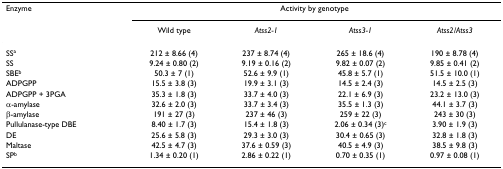
<table><thead><tr><td><b>Enzyme</b></td><td colspan="4"><b>Activity by genotype</b></td></tr><tr><td></td><td><b>Wild type</b></td><td><b><i>Atss2-1</i></b></td><td><b><i>Atss3-1</i></b></td><td><b><i>Atss2/Atss3</i></b></td></tr></thead><tbody><tr><td>SS<sup>a</sup></td><td>212 ± 8.66 (4)</td><td>237 ± 8.74 (4)</td><td>265 ± 18.6 (4)</td><td>190 ± 8.78 (4)</td></tr><tr><td>SS</td><td>9.24 ± 0.80 (2)</td><td>9.19 ± 0.16 (2)</td><td>9.82 ± 0.07 (2)</td><td>9.85 ± 0.41 (2)</td></tr><tr><td>SBE<sup>b</sup></td><td>50.3 ± 7 (1)</td><td>52.6 ± 9.9 (1)</td><td>45.8 ± 5.7 (1)</td><td>51.5 ± 10.0 (1)</td></tr><tr><td>ADPGPP</td><td>15.5 ± 3.8 (3)</td><td>19.9 ± 3.1 (3)</td><td>14.5 ± 2.4 (3)</td><td>14.5 ± 2.5 (3)</td></tr><tr><td>ADPGPP + 3PGA</td><td>35.3 ± 1.8 (3)</td><td>33.7 ± 4.0 (3)</td><td>22.1 ± 6.9 (3)</td><td>23.2 ± 13.0 (3)</td></tr><tr><td>α-amylase</td><td>32.6 ± 2.0 (3)</td><td>33.7 ± 3.4 (3)</td><td>35.5 ± 1.3 (3)</td><td>44.1 ± 3.7 (3)</td></tr><tr><td>β-amylase</td><td>191 ± 27 (3)</td><td>237 ± 46 (3)</td><td>259 ± 22 (3)</td><td>243 ± 30 (3)</td></tr><tr><td>Pullulanase-type DBE</td><td>8.40 ± 1.7 (3)</td><td>15.4 ± 1.8 (3)</td><td>2.06 ± 0.34 (3)<sup>c</sup></td><td>3.90 ± 1.9 (3)</td></tr><tr><td>DE</td><td>25.6 ± 5.8 (3)</td><td>29.3 ± 3.0 (3)</td><td>30.4 ± 0.65 (3)</td><td>32.8 ± 1.8 (3)</td></tr><tr><td>Maltase</td><td>42.5 ± 4.7 (3)</td><td>37.6 ± 0.59 (3)</td><td>40.5 ± 4.9 (3)</td><td>38.5 ± 9.8 (3)</td></tr><tr><td>SP<sup>b</sup></td><td>1.34 ± 0.20 (1)</td><td>2.86 ± 0.22 (1)</td><td>0.70 ± 0.35 (1)</td><td>0.97 ± 0.08 (1)</td></tr></tbody></table>